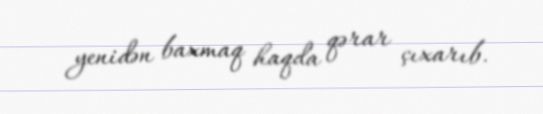
yenidən baxmaq haqda qərar çıxarıb.